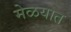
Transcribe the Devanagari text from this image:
मेळयात